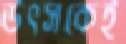
উৎসকেই